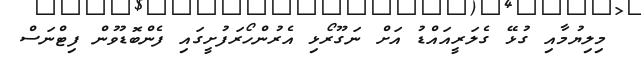
މިލިޔުމާއި ގުޅޭ ގެލަރީއައްޑު އަށް ނަގޫރޯޅި އެރުންހޯރަފުށީގައި ފެންބޮޑުވުން ފިޓްނަސް